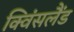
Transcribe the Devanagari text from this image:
क्विंसलैंड